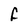
Character: f